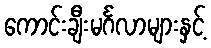
ကောင်းချီးမင်္ဂလာများနှင့်